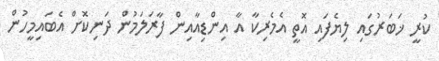
ކުރީ ޚަބަރުގައި ލިޔެފައި އޮތީ އެމެރިކާ އާ އިންޑިއާއިން ފާރަލަމުން ދަނިކޮށް އެބައިމީހުން